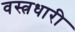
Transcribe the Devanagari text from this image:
वस्‍त्रधारी